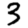
Digit: 3